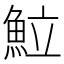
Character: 𩶘